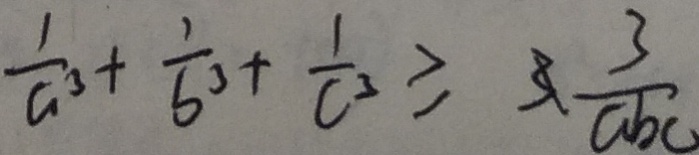
\frac { 1 } { a ^ { 3 } } + \frac { 1 } { b ^ { 3 } } + \frac { 1 } { c ^ { 3 } } \geq 3 \frac { 3 } { a b c }